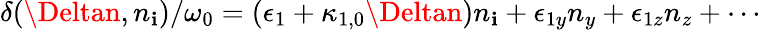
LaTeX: \delta(\Deltan,n_{\mathbf{i}})/\omega_{0}=(\epsilon_{1}+\kappa_{1,0}\Deltan)n_{\mathbf{i}}+\epsilon_{1y}n_{y}+\epsilon_{1z}n_{z}+\cdots